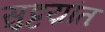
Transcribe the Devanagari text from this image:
सुट्टय़ांत